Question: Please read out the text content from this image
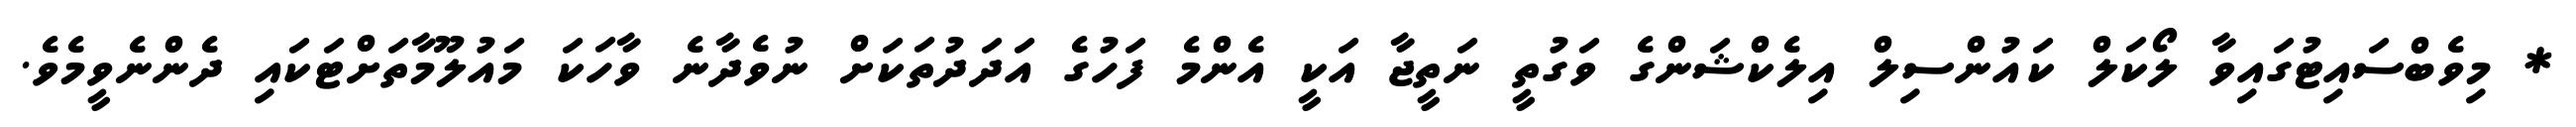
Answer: * މިވެބްސައިޓުގައިވާ ލޯކަލް ކައުންސިލް އިލެކްޝަންގެ ވަގުތީ ނަތީޖާ އަކީ އެންމެ ފަހުގެ އަދަދުތަކަށް ނުވެދާނެ ވާހަކަ މައުލޫމާތަށްޓަކައި ދެންނެވީމެވެ.